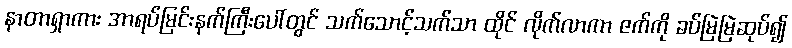
နာတာရှာကား အာရပ်မြင်းနက်ကြီးပေါ်တွင် သက်သောင့်သက်သာ ထိုင် လိုက်လာကာ ဇက်ကို ခပ်မြဲမြဲဆုပ်၍